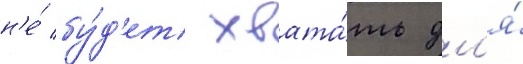
н'е́ бу́д'ет хвата́ть дл'я́